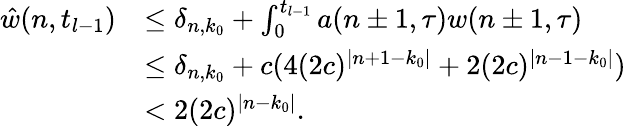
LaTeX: \begin{array}{rl}{\hat{w}(n,t_{l-1})}&{\le\delta_{n,k_{0}}+\int_{0}^{t_{l-1}}a(n\pm 1,\tau)w(n\pm 1,\tau)}\\ &{\le\delta_{n,k_{0}}+c(4(2c)^{\vert n+1-k_{0}\vert}+2(2c)^{\vert n-1-k_{0}\vert})}\\ &{<2(2c)^{\vert n-k_{0}\vert}.}\end{array}